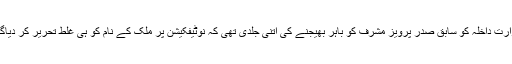
وزارت داخلہ کو سابق صدر پرویز مشرف کو باہر بھیجنے کی اتنی جلدی تھی کہ نوٹیفکیشن پر ملک کے نام کو ہی غلط تحریر کر دیاگیا ۔